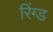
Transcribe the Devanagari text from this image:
रिंग्ड